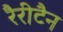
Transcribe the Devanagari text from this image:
रैरीटैन